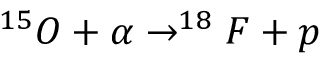
^ { 1 5 } O + \alpha \rightarrow ^ { 1 8 } F + p